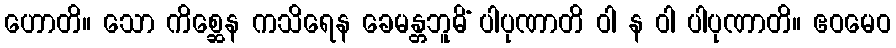
ဟောတိ။ သော ကိစ္ဆေန ကသိရေန ခေမန္တဘူမိံ ပါပုဏာတိ ဝါ န ဝါ ပါပုဏာတိ။ ဧဝမေဝ